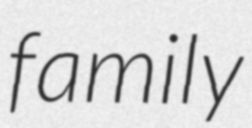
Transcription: family